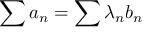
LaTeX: \sum a _ { n } = \sum \lambda _ { n } b _ { n }